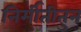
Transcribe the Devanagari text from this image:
निर्मीतीतुन